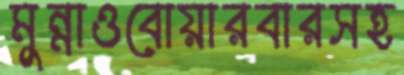
মুন্নাওবোয়ারবারসহ